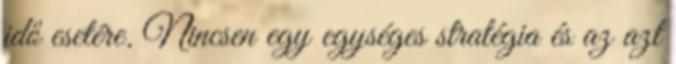
idő esetére. Nincsen egy egységes stratégia és az azt